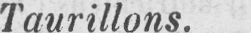
Taurillons.